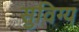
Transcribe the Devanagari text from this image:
सुविग्य